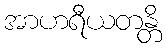
အာဟရီယတန္တိ